Bombay plague: being a history of the progress of plague in the Bombay presidency from September 1896 to June 1899
Year: 1896
Disease focus: Plague
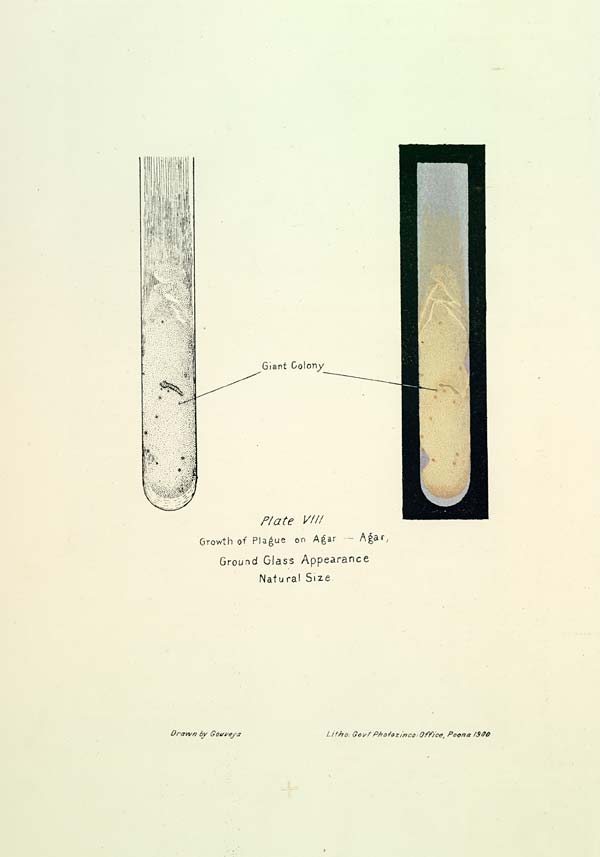
Plate VIII
Growth of Plague on Agar -
Agar,
Ground Glass Appearance
Natural Size.
Drawn
by
Gouveya
Litho: Govt Photozinco: Office, Poona 1900